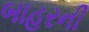
બાહરની